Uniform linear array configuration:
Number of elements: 32
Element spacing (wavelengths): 0.75
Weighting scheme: hann
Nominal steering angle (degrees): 45
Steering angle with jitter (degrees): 45.49
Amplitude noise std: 0.05
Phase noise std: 0.05

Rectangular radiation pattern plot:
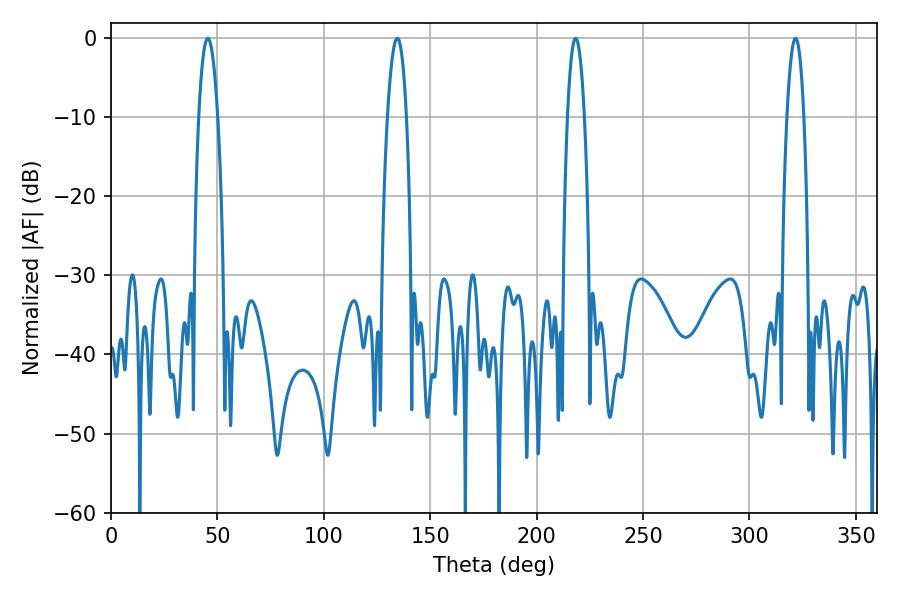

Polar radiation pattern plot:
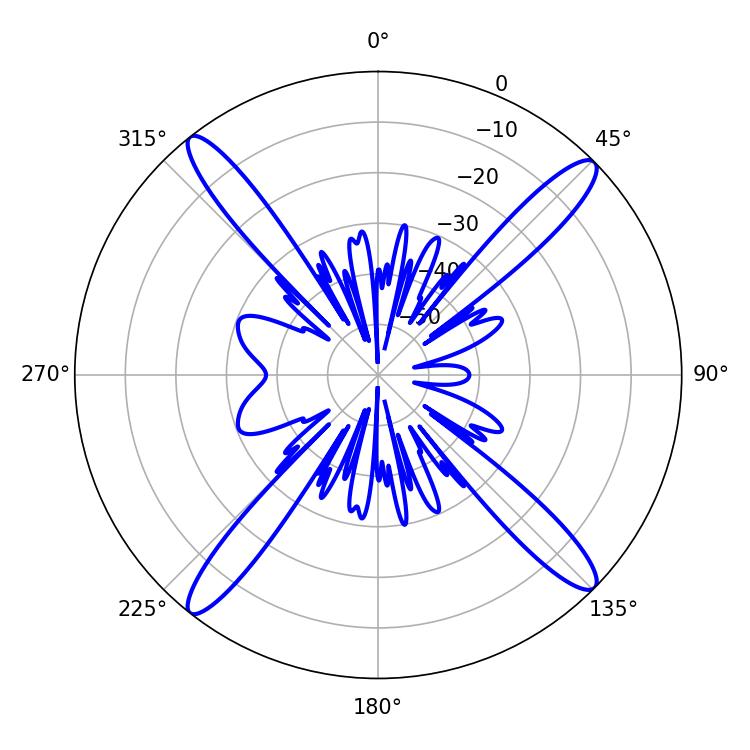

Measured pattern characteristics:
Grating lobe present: TRUE
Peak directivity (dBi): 18.32
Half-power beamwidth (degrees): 4.32
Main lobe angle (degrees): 218.34